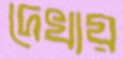
দেখায়